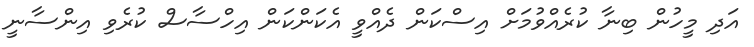
އަދި މީހުން ބިނާ ކުރެއްވުމަށް އިސްކަން ދެއްވީ އެކަންކަން އިހްސާސް ކުރެވި އިންސާނީ